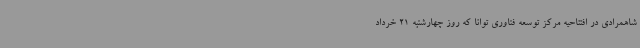
شاهمرادی در افتتاحیه مرکز توسعه فناوری توانا که روز چهارشنبه 21 خرداد